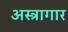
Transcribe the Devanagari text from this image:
अस्त्रागार